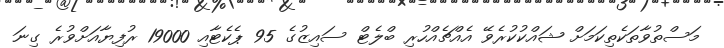
މަސްތުވާތަކެތިކަމަށް ޝައްކުކުރެވޭ އެއްޗެއްހުރި ބްލެޓް ސައިޒުގެ 95 ޕެކެޓާއި 19000 ރުފިޔާއަށްވުރެ ގިނަ